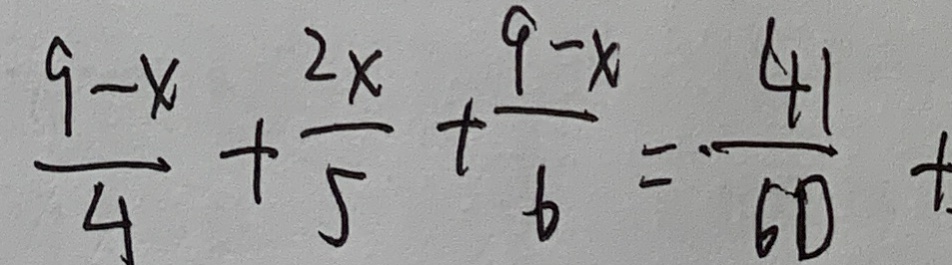
\frac { 9 - x } { 4 } + \frac { 2 x } { 5 } + \frac { 9 - x } { 6 } = \frac { 4 1 } { 6 0 } +